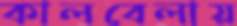
কালবেলায়